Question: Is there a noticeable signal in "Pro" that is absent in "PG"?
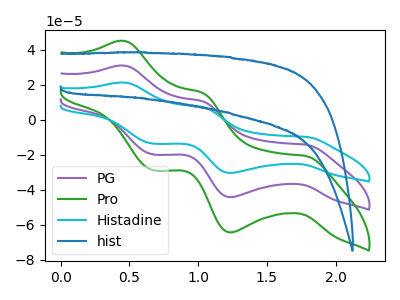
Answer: <think>The purple curve "PG" has anodic peaks at (0.45V, 31.05uA) (1.05V, 10.60uA) and cathodic peaks at (1.80V, -14.20uA) (1.25V, -44.25uA) (0.65V, -19.85uA). The green curve "Pro" has anodic peaks at (0.45V, 45.20uA) (1.05V, 15.45uA) and cathodic peaks at (1.80V, -20.65uA) (1.25V, -64.45uA) (0.65V, -28.90uA). The cyan curve "Histadine" has anodic peaks at (0.45V, 62.05uA) (1.05V, 21.20uA) and cathodic peaks at (1.80V, -28.40uA) (1.25V, -88.55uA) (0.65V, -39.70uA). The blue curve "hist" has no peaks.
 All the peaks in "Pro" have a peak in "PG" at the same potential. Every peak in "Pro" is higher than every peak in "PG".</think>
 <answer>No, "Pro" and "PG" don't appear to be significantly different in shape</answer>
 <eval>no_change</eval>